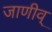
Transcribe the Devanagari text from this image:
जाणीव्